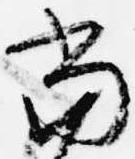
当